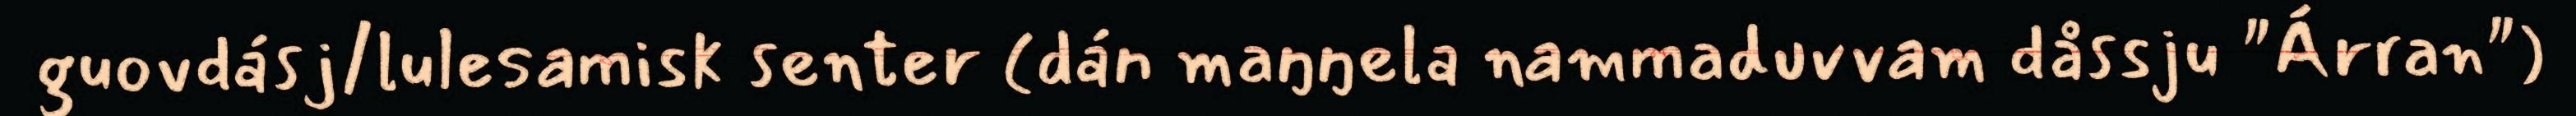
guovdásj/lulesamisk senter (dán maŋŋela nammaduvvam dåssju "Árran")